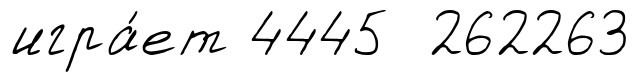
игра́ет 4445 262263